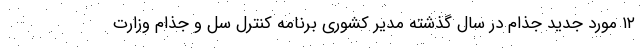
۱۲ مورد جدید جذام در سال گذشته مدیر کشوری برنامه کنترل سل و جذام وزارت